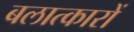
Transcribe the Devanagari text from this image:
बलात्कारों